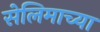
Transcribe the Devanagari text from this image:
सेलिमाच्या